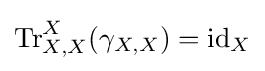
\mathrm {Tr} _{X,X}^{X}(\gamma _{X,X})=\mathrm {id} _{X}